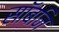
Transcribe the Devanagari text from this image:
सॉबनि